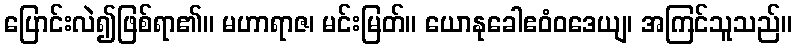
ပြောင်းလဲ၍ဖြစ်ရာ၏။ မဟာရာဇ၊ မင်းမြတ်။ ယောနုခေါဧဝံဝဒေယျ၊ အကြင်သူသည်။